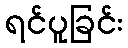
ရင်ပူခြင်း